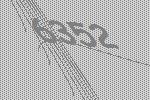
6352